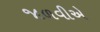
જાળવીએ